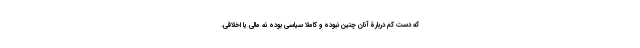
که دست کم دربارۀ آنان چنین نبوده و کاملا سیاسی بوده نه مالی یا اخلاقی.